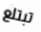
تبتلع